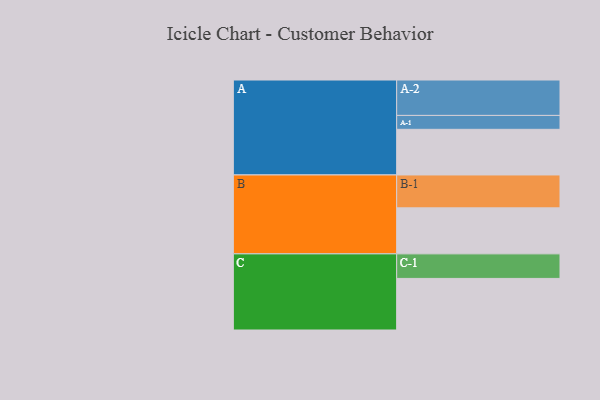
{"axis": {"x": "Segment", "y": "Value"}, "legend": ["", "A", "B", "C"], "data": [{"x": "A", "y": 361, "type": ""}, {"x": "B", "y": 364, "type": ""}, {"x": "C", "y": 408, "type": ""}, {"x": "A-1", "y": 110, "type": "A"}, {"x": "A-2", "y": 280, "type": "A"}, {"x": "B-1", "y": 260, "type": "B"}, {"x": "C-1", "y": 194, "type": "C"}]}